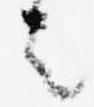
者